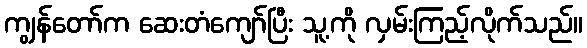
ကျွန်တော်က ဆေးတံကျော်ပြီး သူ့ကို လှမ်းကြည့်လိုက်သည်။